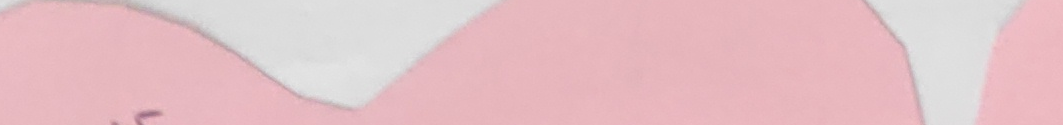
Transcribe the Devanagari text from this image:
५